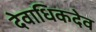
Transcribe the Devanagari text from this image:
देवाधिकदेव